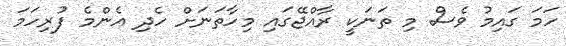
ހަމަ ގައިމު ވެސް މި ތަނަކީ ރާއްޖޭގައި މިހާތަނަށް ހެދި އެންމެ ފުރިހަމަ